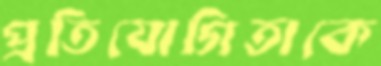
প্রতিযোগিতাকে